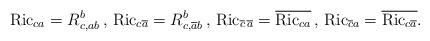
LaTeX: \begin{align*}{\rm Ric}_{ca}=R^b_{c,ab}\,,\,{\rm Ric}_{c\overline{a}}=R^b_{c,\overline{a}b}\,,\,{\rm Ric}_{\overline{c}\,\overline{a}}=\overline{{\rm Ric}_{ca}}\,,\,{\rm Ric}_{\overline{c}a}=\overline{{\rm Ric}_{c\overline{a}}}.\end{align*}